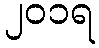
၂၀၁ရ